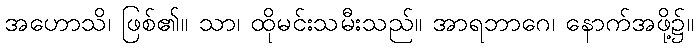
အဟောသိ၊ ဖြစ်၏။ သာ၊ ထိုမင်းသမီးသည်။ အာရဘာဂေ၊ နောက်အဖို့၌။